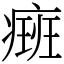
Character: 㿀